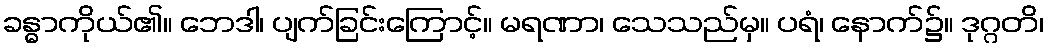
ခန္ဓာကိုယ်၏။ ဘေဒါ၊ ပျက်ခြင်းကြောင့်။ မရဏာ၊ သေသည်မှ။ ပရံ၊ နောက်၌။ ဒုဂ္ဂတိ၊